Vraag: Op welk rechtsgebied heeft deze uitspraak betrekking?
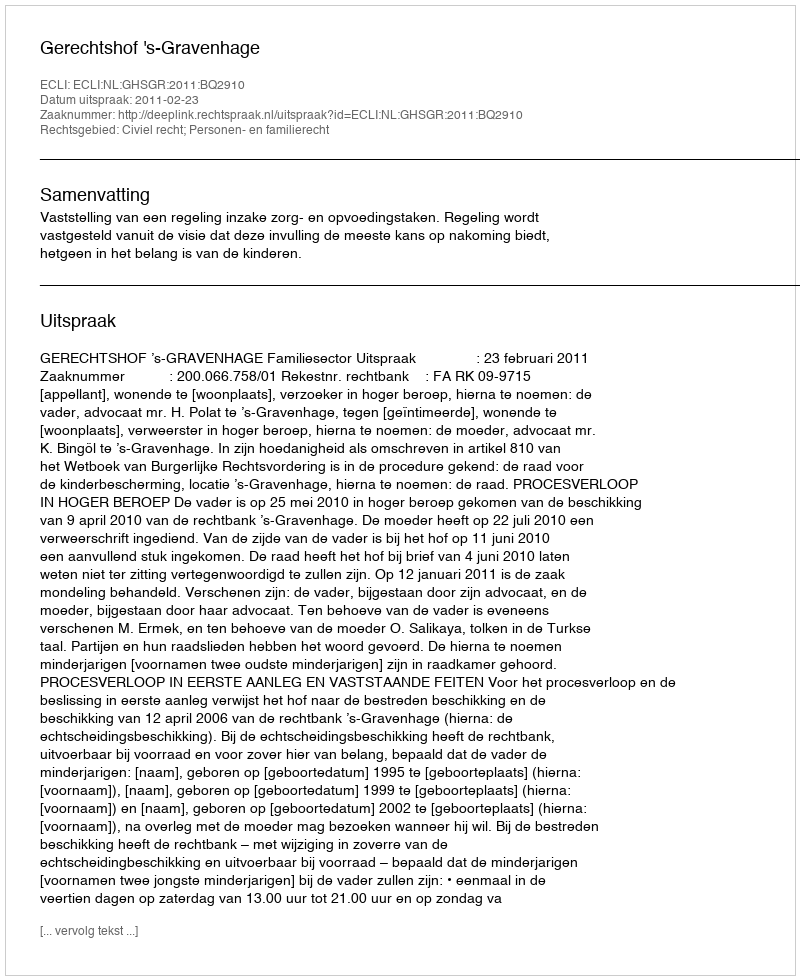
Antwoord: Civiel recht; Personen- en familierecht